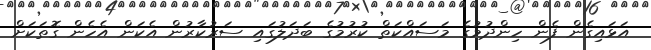
އަޅައިގެން ފެން ހިންދުމުގެ މަސައްކަތް ކުރުމުގެ ބަދަލުގައި ސަރުކާރުން އެކަން އެހެން ގޮތަކަށް